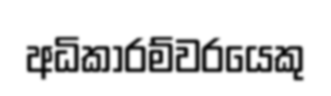
අධිකාරම්වරයෙකු